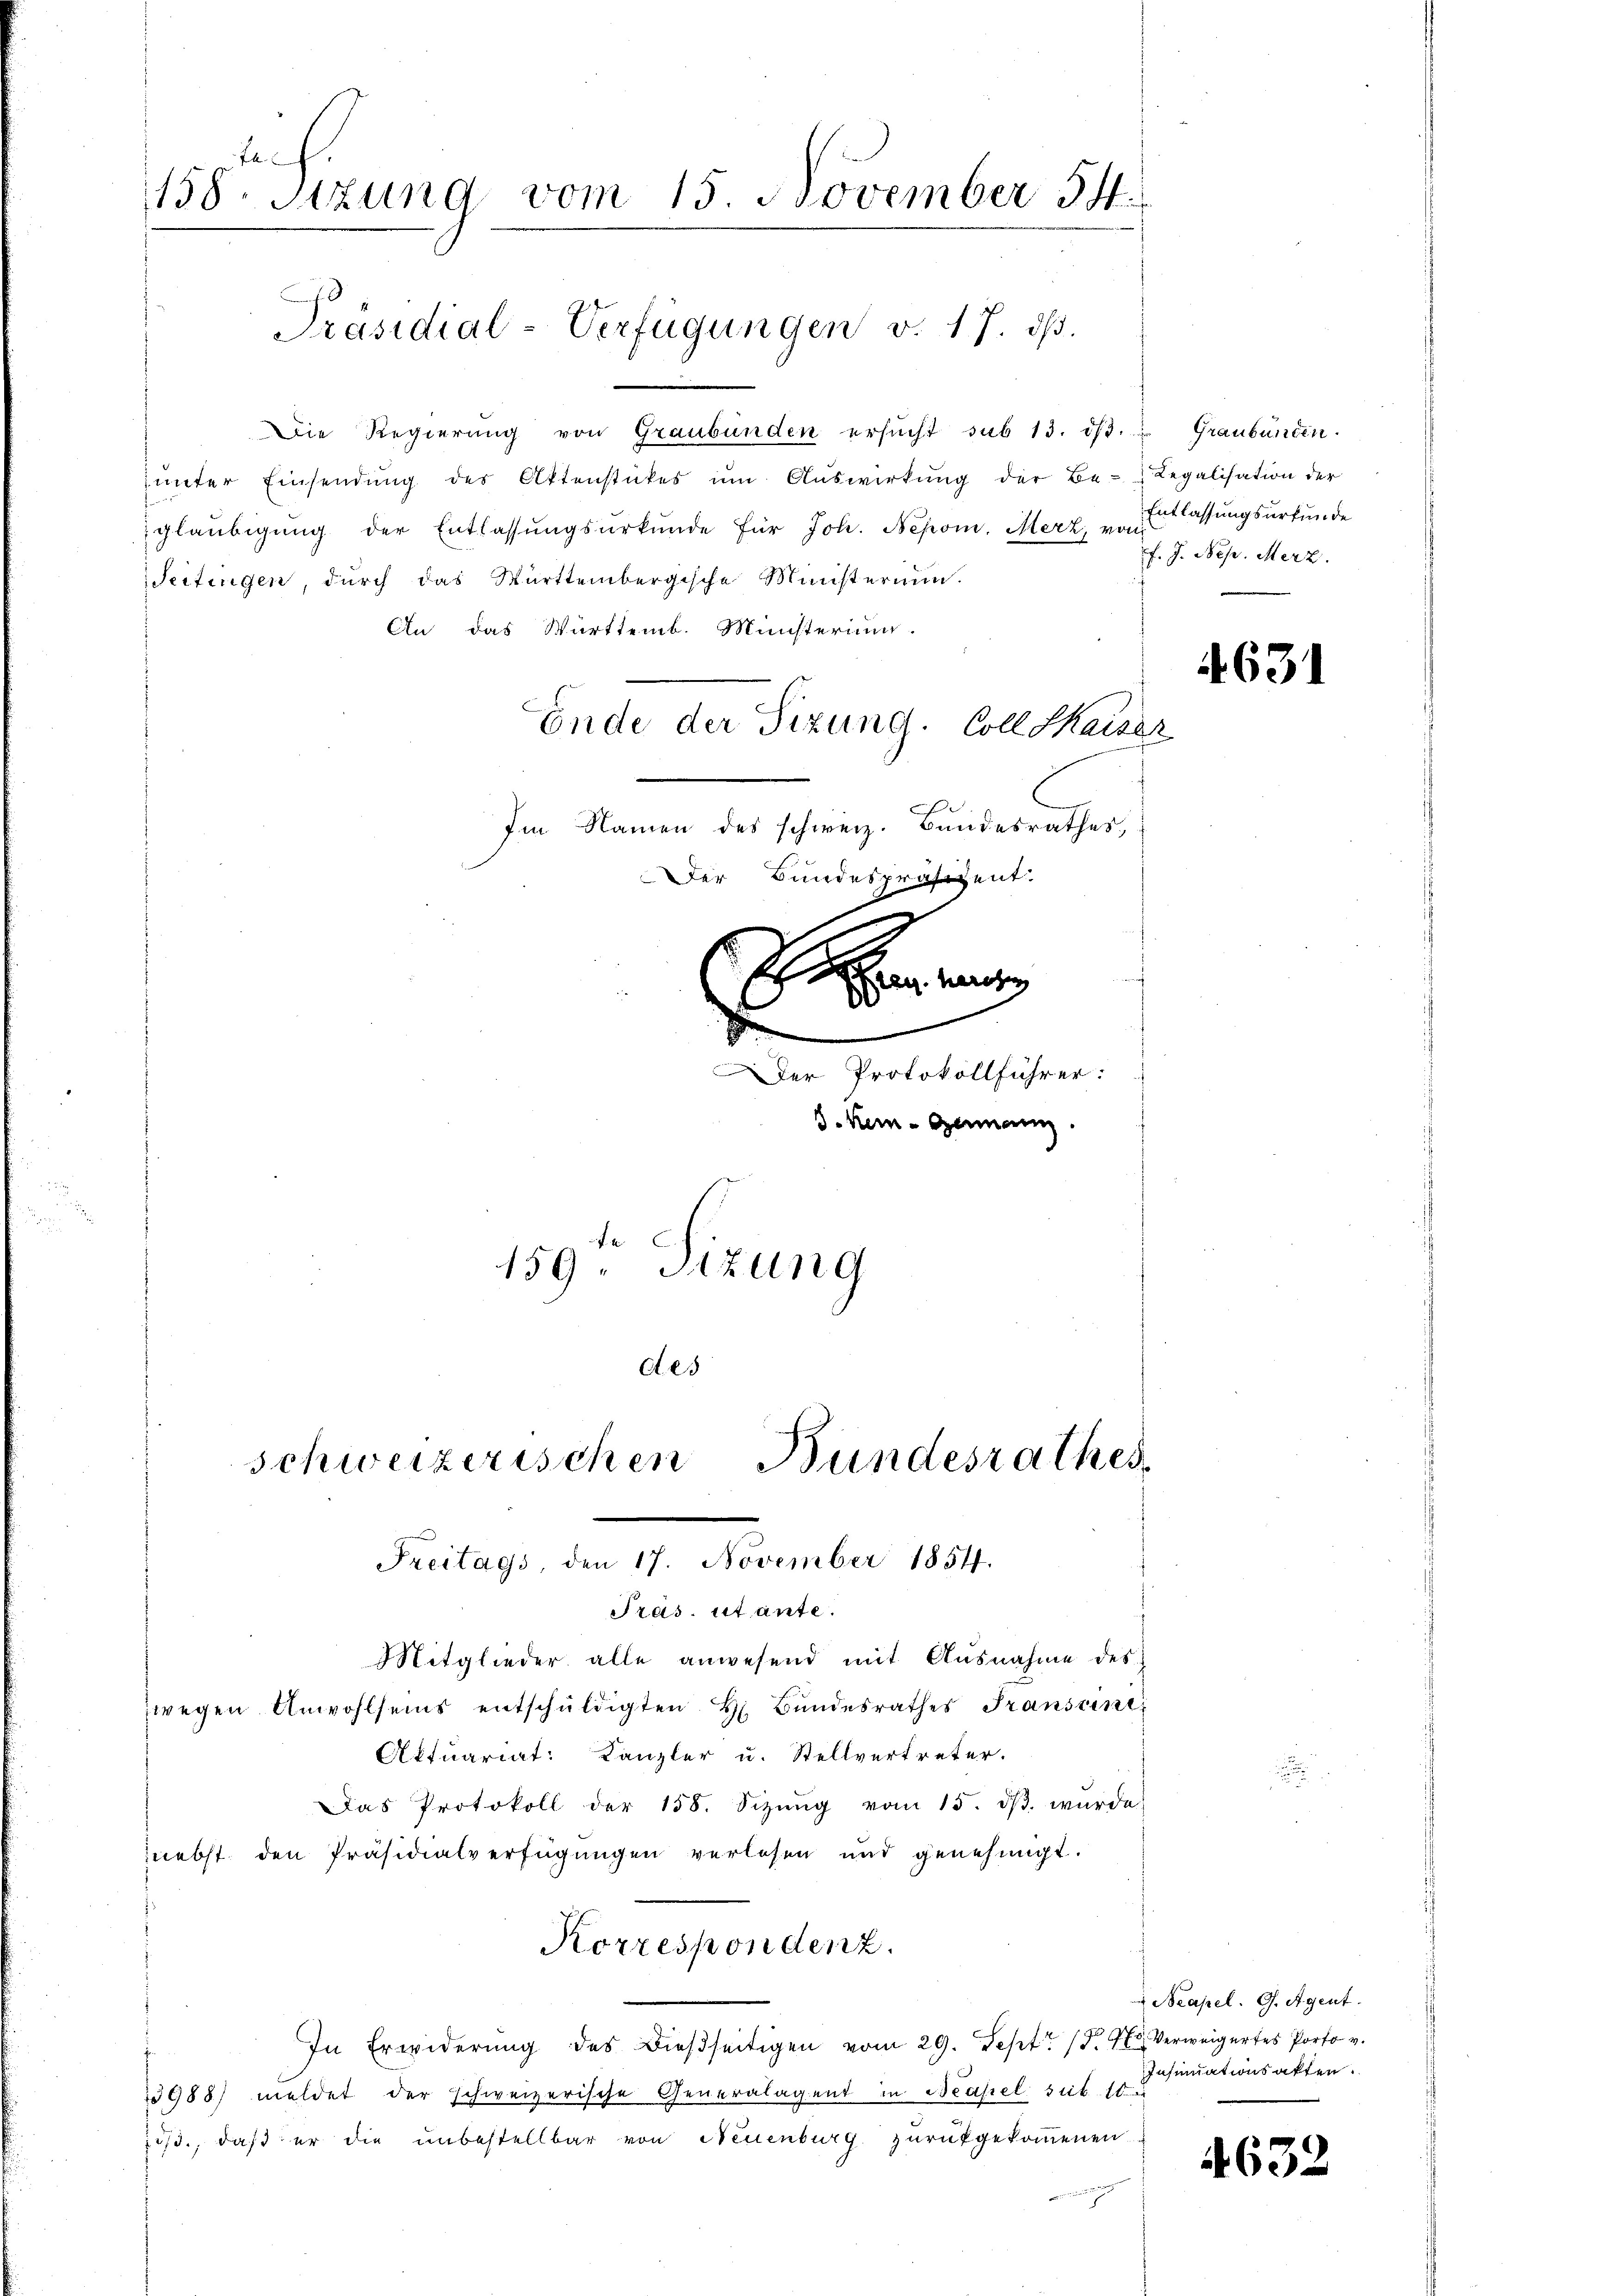
fl
158. Sitzung vom 15. November 54.
Präsidial-Verfügungen v. 17. ds.

Die Regierung von Graubünden ersŭcht sub 13. dβ.  Graubünden.
unter Einsendung des Aktenstückes ŭm Aŭswirkŭng der Be- Regalisation der
gläubigung der Entlassungsurkunde für Joh. Nepom. Merz v. Klassungsurkunde
Seitingen, durch das Württembergische Ministerium.
An das Württemb. Münsterung.
Ende der Sitzung. Coll Kaiser
Im Namen des schweiz. Bundesrathes,

Pras. stante.
Mitglieder alle anwesend mit Ausnahme des

zwegen Anwohlseins entschŭldigten H. Bŭndesrathes Transent
Aktuariat: Kanzler u. Stellvertreter.
Das Protokoll der 158. Sitzŭng vom 15. dβ. würde
nebst den Präsidialverfügungen verlesen und genehmigt.
Korrespondenz.
In Erwiderŭng des Biesseitigen vom 29. Sept. 18. Verweigertes Porto v.
3988) meldet der schweizerische Generalagent in Neapel seit 10 u
is., daß er die unbestellbar von Neuenburg zurückgekommenen

Der Bundespräsident.
Seen an
d
s
Der Protokollführer:
d. Kein Genann
fe
159. Sizung
Ae
schweizerischen Bundesrathes
Freitags, den 17. November 1854.

f. J. Nep. Merz.

4631

Neapel. G. Agent
Insinuationsakten.

4632